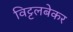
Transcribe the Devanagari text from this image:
विट्टलबेकर